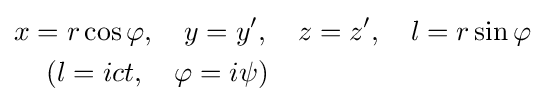
{\begin{aligned}&x=r\cos \varphi ,\quad y=y',\quad z=z',\quad l=r\sin \varphi \\&\quad \left(l=ict,\quad \varphi =i\psi \right)\end{aligned}}